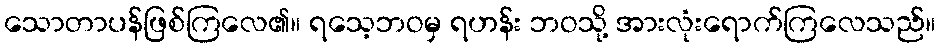
သောတာပန်ဖြစ်ကြလေ၏။ ရသေ့ဘဝမှ ရဟန်း ဘဝသို့ အားလုံးရောက်ကြလေသည်။